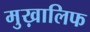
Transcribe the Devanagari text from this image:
मुख़ालिफ